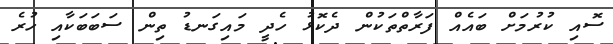
ސޮއި ކުރުމަށް ބައެއް ފަރާތްތަކުން ދެކޮޅު ހެދީ މައިގަނޑު ތިން ސަބަބަކާއި ހުރެ